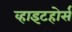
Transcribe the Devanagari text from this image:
व्हाइटहोर्स